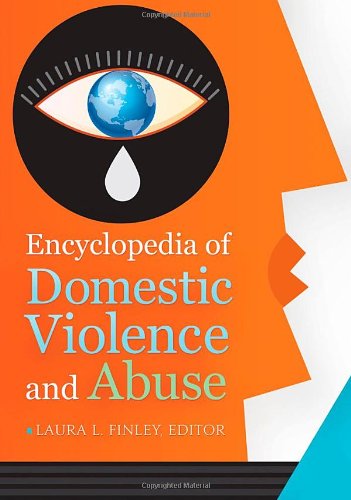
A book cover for Encyclopedia of Domestic Violence and Abuse [2 volumes]; Politics & Social Sciences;